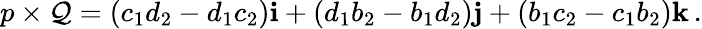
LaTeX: p\times\mathcal{Q}=(c_{1}d_{2}-d_{1}c_{2})\mathbf{{i}}+(d_{1}b_{2}-b_{1}d_{2})\mathbf{{j}}+(b_{1}c_{2}-c_{1}b_{2})\mathbf{{k}}\, .